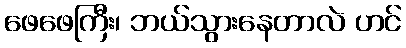
ဖေဖေကြီး၊ ဘယ်သွားနေတာလဲ ဟင်